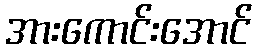
အားကောင်းအောင်